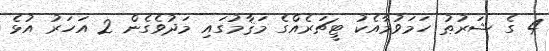
4 ގެ ޝަރުޠު ހަމަވުމާއެކު ޓީޗަރެއްގެ މަޤާމުގައި މަދުވެގެން 2 އަހަރު އުޅެ